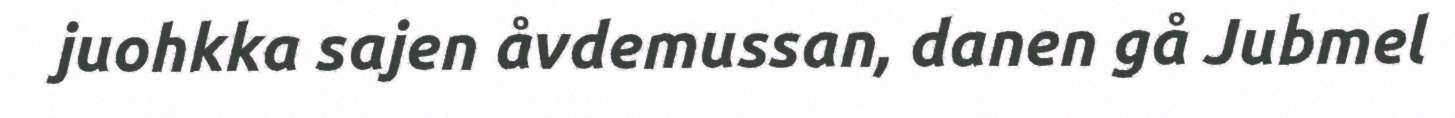
juohkka sajen åvdemussan, danen gå Jubmel